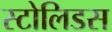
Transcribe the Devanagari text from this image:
स्टोलिडस